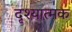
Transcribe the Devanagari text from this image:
दृश्‍यात्मक